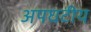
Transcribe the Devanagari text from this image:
अपघटीय